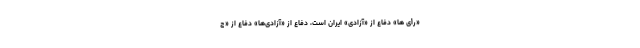
«رأی ها» دفاع از «آزادی» ایران است، دفاع از «آزادی‌ها» دفاع از «ج